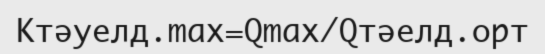
Kтәуелд.max=Qmax/Qтәелд.орт